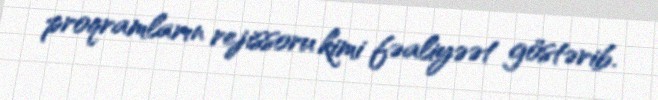
proqramların rejissoru kimi fəaliyəət göstərib.